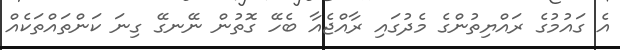
އެ ގައުމުގެ ރައްޔިތުންގެ މެދުގައި ރާއްޖެއާ ބެހޭ ގޮތުން ނޭނގޭ ގިނަ ކަންތައްތަކެއް